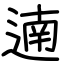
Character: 遖